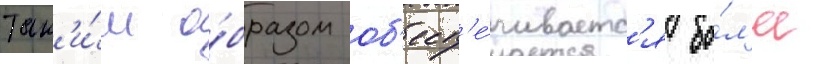
Так'и́м о́бразом об'есп'е́чиваетс'я бо́л'ее